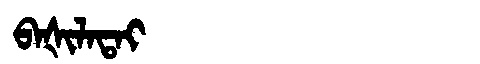
Manchu: ᠪᠠᡧᡳᠯᠠᡨᠠᡳ
Romanization: BAŠILATAI